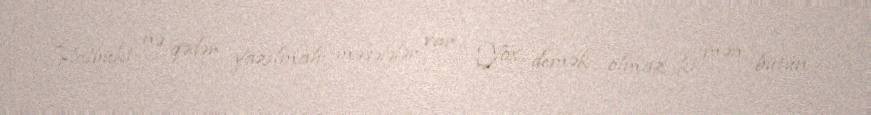
Halbuki nə qədər yazılmalı məsələlər var... Yox, demək olmaz ki, mən bütün